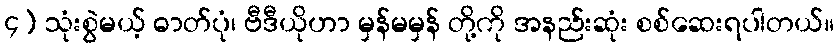
၄) သုံးစွဲမယ့် ဓာတ်ပုံ၊ ဗီဒီယိုဟာ မှန်မမှန် တို့ကို အနည်းဆုံး စစ်ဆေးရပါတယ်။